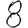
Digit: 8